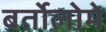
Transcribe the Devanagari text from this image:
बर्तोलोमे